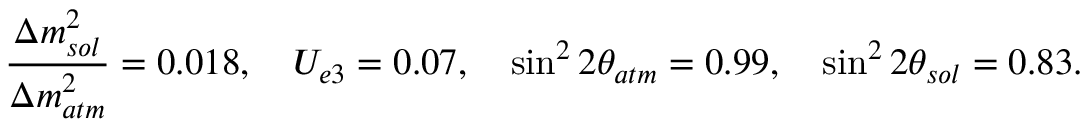
{ \frac { \Delta m _ { s o l } ^ { 2 } } { \Delta m _ { a t m } ^ { 2 } } } = 0 . 0 1 8 , \quad U _ { e 3 } = 0 . 0 7 , \quad \sin ^ { 2 } 2 \theta _ { a t m } = 0 . 9 9 , \quad \sin ^ { 2 } 2 \theta _ { s o l } = 0 . 8 3 .